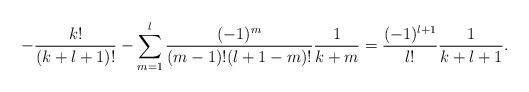
\begin{align*} -\frac{k!}{(k+l+1)!}-\sum_{m=1}^l\frac{(-1)^m}{(m-1)!(l+1-m)!}\frac{1}{k+m}=\frac{(-1)^{l+1}}{l!}\frac{1}{k+l+1}.\end{align*}